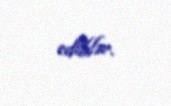
ediblər.